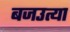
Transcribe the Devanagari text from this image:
बजउत्या